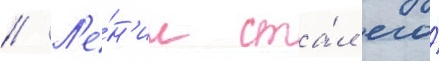
// Л'е́н'ин ста́л его́